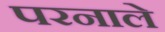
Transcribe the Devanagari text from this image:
परनाले